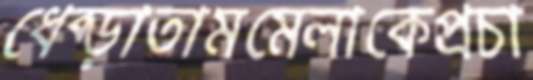
ধেব্‌ড়াতামমেলাকেপ্রচা